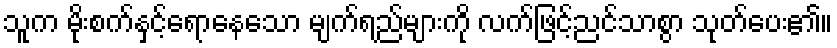
သူက မိုးစက်နှင့်ရောနေသော မျက်ရည်များကို လက်ဖြင့်ညင်သာစွာ သုတ်ပေး၏။